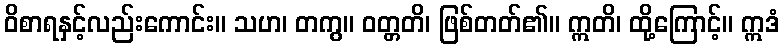
ဝိစာရနှင့်လည်းကောင်း။ သဟ၊ တကွ။ ဝတ္တတိ၊ ဖြစ်တတ်၏။ ဣတိ၊ ထို့ကြောင့်။ ဣဒံ